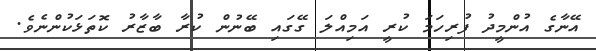
އޭނާގެ އުންމީދު ފުރިހަމަ ކުރީ އަމިއްލަ ގޭގައި ބޭނުން ކުރާ ބާޒާރު ކޮތަޅަކުންނެވެ.